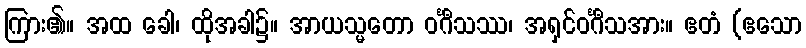
ကြား၏။ အထ ခေါ၊ ထိုအခါ၌။ အာယသ္မတော ဝင်္ဂီသဿ၊ အရှင်ဝင်္ဂီသအား။ ဧတံ (ဧသော